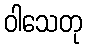
ဝါသေတု